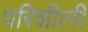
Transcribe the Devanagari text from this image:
परिशीली